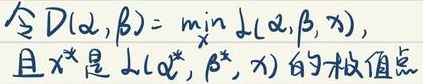
令 \(D(\alpha,\beta)=\min_{x} d(\alpha,\beta,x)\)，
且 \(x^{*}\) 是 \(d(\alpha^{*},\beta^{*},x)\) 的极值点。